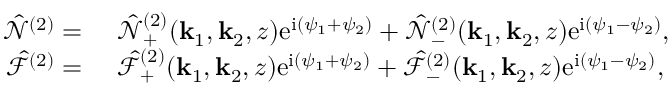
\begin{array} { r l } { \hat { \mathcal { N } } ^ { ( 2 ) } = ~ } & { \hat { \mathcal { N } } _ { + } ^ { ( 2 ) } ( \mathbf { k } _ { 1 } , \mathbf { k } _ { 2 } , z ) \mathrm { e } ^ { \mathrm { i } ( \psi _ { 1 } + \psi _ { 2 } ) } + \hat { \mathcal { N } } _ { - } ^ { ( 2 ) } ( \mathbf { k } _ { 1 } , \mathbf { k } _ { 2 } , z ) \mathrm { e } ^ { \mathrm { i } ( \psi _ { 1 } - \psi _ { 2 } ) } , } \\ { \hat { \mathcal { F } } ^ { ( 2 ) } = ~ } & { \hat { \mathcal { F } } _ { + } ^ { ( 2 ) } ( \mathbf { k } _ { 1 } , \mathbf { k } _ { 2 } , z ) \mathrm { e } ^ { \mathrm { i } ( \psi _ { 1 } + \psi _ { 2 } ) } + \hat { \mathcal { F } } _ { - } ^ { ( 2 ) } ( \mathbf { k } _ { 1 } , \mathbf { k } _ { 2 } , z ) \mathrm { e } ^ { \mathrm { i } ( \psi _ { 1 } - \psi _ { 2 } ) } , } \end{array}